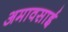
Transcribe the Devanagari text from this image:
अमावसाई